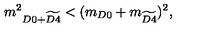
\displaystyle { m ^ { 2 } } _ { D 0 + \widetilde { D 4 } } < ( m _ { D 0 } + m _ { \widetilde { D 4 } } ) ^ { 2 } ,